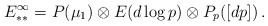
\begin{align*}E^\infty_{**} = P(\mu_1) \otimes E(d\log p) \otimes P_p([dp]) \,.\end{align*}